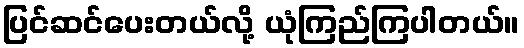
ပြင်ဆင်ပေးတယ်လို့ ယုံကြည်ကြပါတယ်။